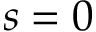
s = 0